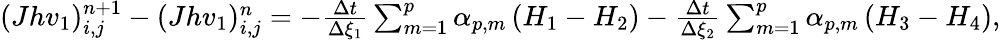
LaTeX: \begin{array}{r}{(Jhv_{1})_{i,j}^{n+1}-(Jhv_{1})_{i,j}^{n}=-\frac{\Delta t}{\Delta\xi_{1}}\sum_{m=1}^{p}\alpha_{p,m}\left(H_{1}-H_{2}\right)-\frac{\Delta t}{\Delta\xi_{2}}\sum_{m=1}^{p}\alpha_{p,m}\left(H_{3}-H_{4}\right),}\end{array}